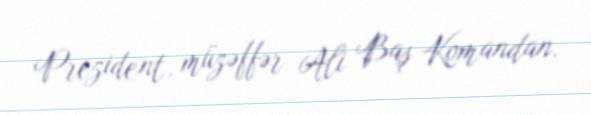
Prezident, müzəffər Ali Baş Komandan.